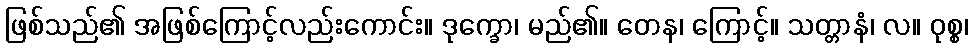
ဖြစ်သည်၏ အဖြစ်ကြောင့်လည်းကောင်း။ ဒုက္ခော၊ မည်၏။ တေန၊ ကြောင့်။ သတ္တာနံ၊ လ။ ဝုစ္စ၊